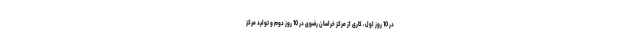
در 10 روز اول، کاری از مرکز خراسان رضوی در 10 روز دوم و تولید مرکز